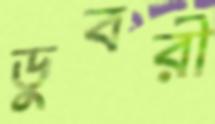
ডুবরী